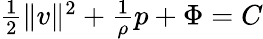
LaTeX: \begin{array}{r}{\frac{1}{2}\| v\| ^{2}+\frac{1}{\rho}p+\Phi=C}\end{array}